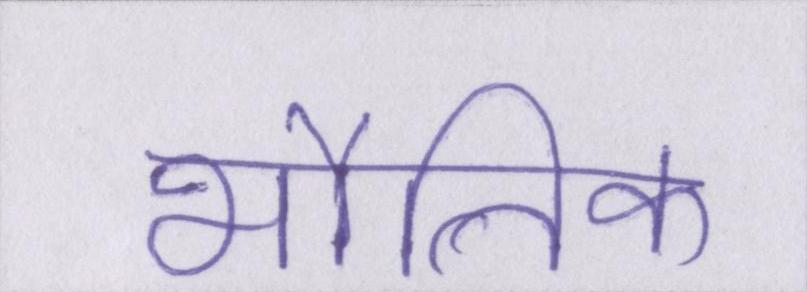
भौतिक